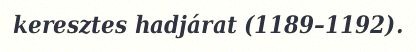
keresztes hadjárat (1189–1192).